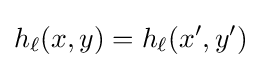
h_{\ell }(x,y)=h_{\ell }(x',y')